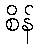
စိန်